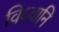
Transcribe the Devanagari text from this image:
विध्वानि